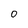
Character: 0